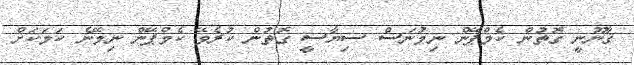
ޤާނޫނީ ގޮތުން ކެމްޕޭން ނިމުނަސް ސިޔާސީ ގޮތުން ކުރެވޭ ކެމްޕޭން ނިމޭނެ ކަމަކަށް